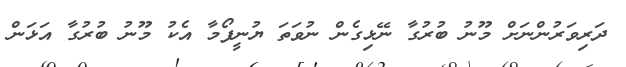
ދަރިވަރުންނަށް މޫނު ބުރުގާ ނޭޅިގެން ނުވަތަ ޔުނީފޯމާ އެކު މޫނު ބުރުގާ އަޅަން